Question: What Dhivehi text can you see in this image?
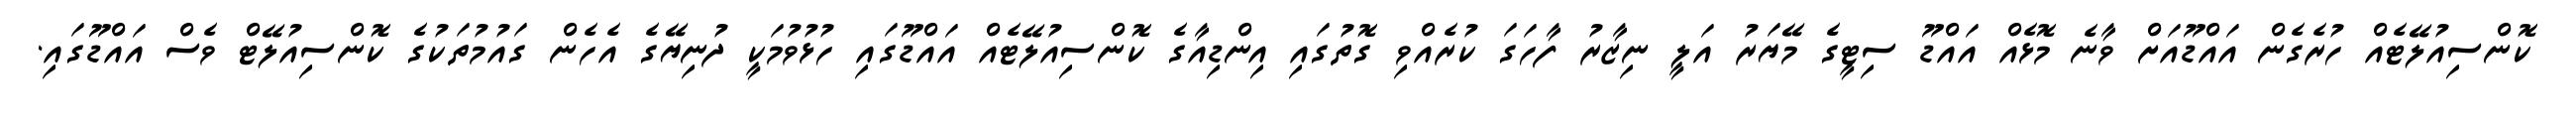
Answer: ކޮންސިއުލޭޓެއް ހުރެގެން އައްޑޫއަށް ވާނެ މޮޅެއް އައްޑޫ ސިޓީގެ މޭޔަރު އަލީ ނިޒާރު ފާހަގަ ކުރެއްވި ގޮތުގައި އިންޑިއާގެ ކޮންސިއުލޭޓެއް އައްޑޫގައި ހުޅުވުމަކީ ދުނިޔޭގެ އެހެން ގައުމުތަކުގެ ކޮންސިއުލޭޓް ވެސް އައްޑޫގައި.